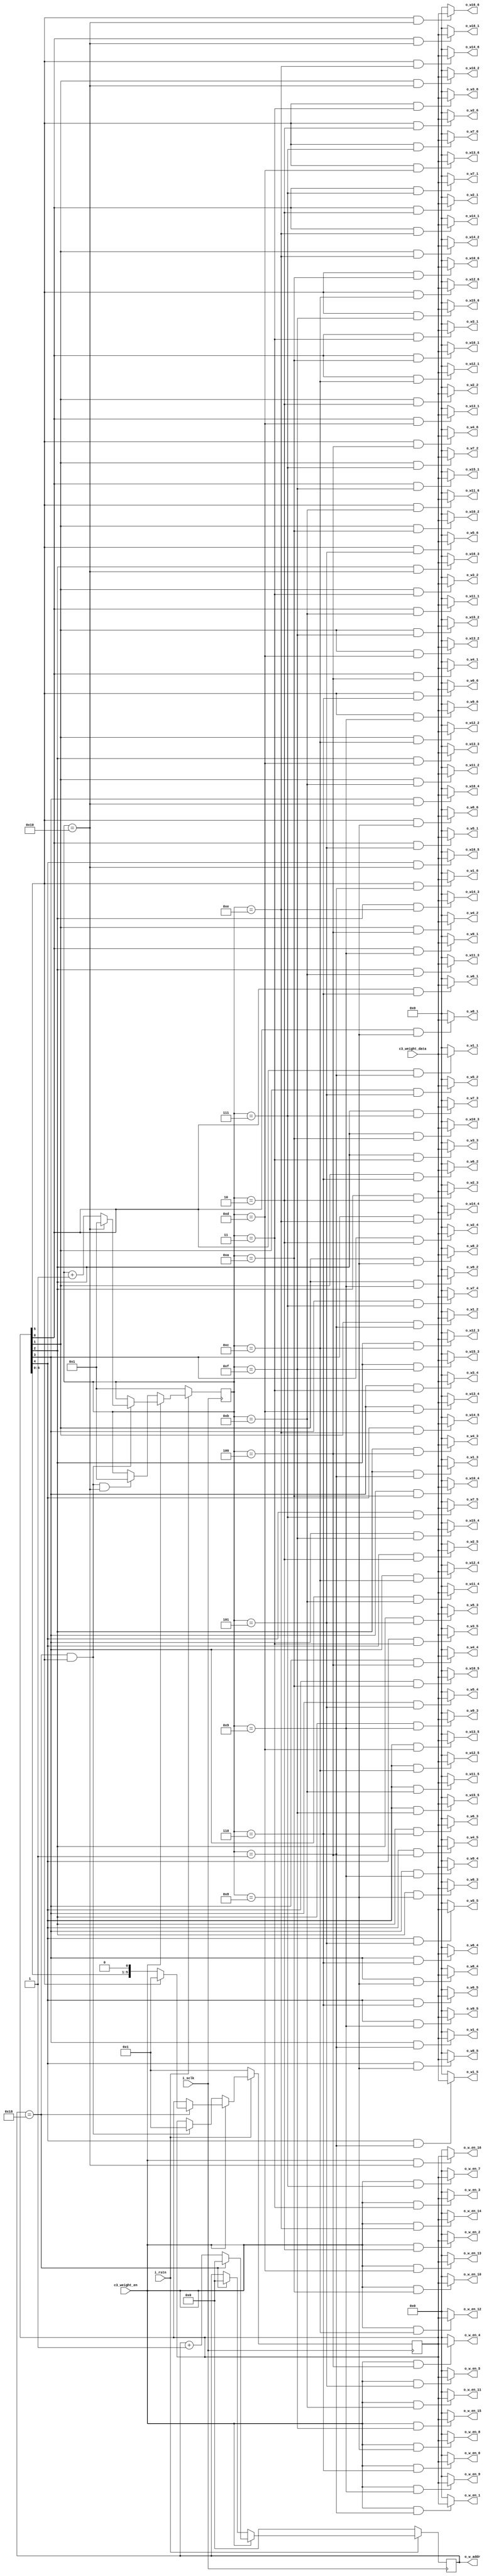
`timescale 1ns / 1ps
//////////////////////////////////////////////////////////////////////////////////
// Company: 
// Engineer: 
// 
// Design Name: 
// Module Name: buffer_c3_weight
// Project Name: 
// Target Devices: 
// Tool Versions: 
// Description: 
// 
// Dependencies: 
// 
// Revision:
// Revision 0.01 - File Created
// Additional Comments:
// 
//////////////////////////////////////////////////////////////////////////////////


module buffer_c3_weight#(
	parameter				WD  = 8,
	parameter				NW  = 25,
	parameter				GP  = 6,
	parameter				NUM = 16
)(
	input	wire			i_sclk,
	input	wire			i_rstn,
	
	input   wire[WD-1:0]    c3_weight_data,
        input   wire            c3_weight_en,
	
	output	wire[GP-1:0]	o_w_en_1,
	output	wire[WD-1:0]	o_w1_1,
	output	wire[WD-1:0]	o_w1_2,
	output	wire[WD-1:0]	o_w1_3,
	output	wire[WD-1:0]	o_w1_4,
	output	wire[WD-1:0]	o_w1_5,
	output	wire[WD-1:0]	o_w1_6,
	
	output	wire[GP-1:0]	o_w_en_2,
	output	wire[WD-1:0]	o_w2_1,
	output	wire[WD-1:0]	o_w2_2,
	output	wire[WD-1:0]	o_w2_3,
	output	wire[WD-1:0]	o_w2_4,
	output	wire[WD-1:0]	o_w2_5,
	output	wire[WD-1:0]	o_w2_6,
	
	output	wire[GP-1:0]	o_w_en_3,
	output	wire[WD-1:0]	o_w3_1,
	output	wire[WD-1:0]	o_w3_2,
	output	wire[WD-1:0]	o_w3_3,
	output	wire[WD-1:0]	o_w3_4,
	output	wire[WD-1:0]	o_w3_5,
	output	wire[WD-1:0]	o_w3_6,
	
	output	wire[GP-1:0]	o_w_en_4,
	output	wire[WD-1:0]	o_w4_1,
	output	wire[WD-1:0]	o_w4_2,
	output	wire[WD-1:0]	o_w4_3,
	output	wire[WD-1:0]	o_w4_4,
	output	wire[WD-1:0]	o_w4_5,
	output	wire[WD-1:0]	o_w4_6,
	
	output	wire[GP-1:0]	o_w_en_5,
	output	wire[WD-1:0]	o_w5_1,
	output	wire[WD-1:0]	o_w5_2,
	output	wire[WD-1:0]	o_w5_3,
	output	wire[WD-1:0]	o_w5_4,
	output	wire[WD-1:0]	o_w5_5,
	output	wire[WD-1:0]	o_w5_6,
	
	output	wire[GP-1:0]	o_w_en_6,
	output	wire[WD-1:0]	o_w6_1,
	output	wire[WD-1:0]	o_w6_2,
	output	wire[WD-1:0]	o_w6_3,
	output	wire[WD-1:0]	o_w6_4,
	output	wire[WD-1:0]	o_w6_5,
	output	wire[WD-1:0]	o_w6_6,
	
	output	wire[GP-1:0]	o_w_en_7,
	output	wire[WD-1:0]	o_w7_1,
	output	wire[WD-1:0]	o_w7_2,
	output	wire[WD-1:0]	o_w7_3,
	output	wire[WD-1:0]	o_w7_4,
	output	wire[WD-1:0]	o_w7_5,
	output	wire[WD-1:0]	o_w7_6,
	
	output	wire[GP-1:0]	o_w_en_8,
	output	wire[WD-1:0]	o_w8_1,
	output	wire[WD-1:0]	o_w8_2,
	output	wire[WD-1:0]	o_w8_3,
	output	wire[WD-1:0]	o_w8_4,
	output	wire[WD-1:0]	o_w8_5,
	output	wire[WD-1:0]	o_w8_6,
	
	output	wire[GP-1:0]	o_w_en_9,
	output	wire[WD-1:0]	o_w9_1,
	output	wire[WD-1:0]	o_w9_2,
	output	wire[WD-1:0]	o_w9_3,
	output	wire[WD-1:0]	o_w9_4,
	output	wire[WD-1:0]	o_w9_5,
	output	wire[WD-1:0]	o_w9_6,
	
	output	wire[GP-1:0]	o_w_en_10,
	output	wire[WD-1:0]	o_w10_1,
	output	wire[WD-1:0]	o_w10_2,
	output	wire[WD-1:0]	o_w10_3,
	output	wire[WD-1:0]	o_w10_4,
	output	wire[WD-1:0]	o_w10_5,
	output	wire[WD-1:0]	o_w10_6,
	
	output	wire[GP-1:0]	o_w_en_11,
	output	wire[WD-1:0]	o_w11_1,
	output	wire[WD-1:0]	o_w11_2,
	output	wire[WD-1:0]	o_w11_3,
	output	wire[WD-1:0]	o_w11_4,
	output	wire[WD-1:0]	o_w11_5,
	output	wire[WD-1:0]	o_w11_6,
	
	output	wire[GP-1:0]	o_w_en_12,
	output	wire[WD-1:0]	o_w12_1,
	output	wire[WD-1:0]	o_w12_2,
	output	wire[WD-1:0]	o_w12_3,
	output	wire[WD-1:0]	o_w12_4,
	output	wire[WD-1:0]	o_w12_5,
	output	wire[WD-1:0]	o_w12_6,
	
	output	wire[GP-1:0]	o_w_en_13,
	output	wire[WD-1:0]	o_w13_1,
	output	wire[WD-1:0]	o_w13_2,
	output	wire[WD-1:0]	o_w13_3,
	output	wire[WD-1:0]	o_w13_4,
	output	wire[WD-1:0]	o_w13_5,
	output	wire[WD-1:0]	o_w13_6,
	
	output	wire[GP-1:0]	o_w_en_14,
	output	wire[WD-1:0]	o_w14_1,
	output	wire[WD-1:0]	o_w14_2,
	output	wire[WD-1:0]	o_w14_3,
	output	wire[WD-1:0]	o_w14_4,
	output	wire[WD-1:0]	o_w14_5,
	output	wire[WD-1:0]	o_w14_6,
	
	output	wire[GP-1:0]	o_w_en_15,
	output	wire[WD-1:0]	o_w15_1,
	output	wire[WD-1:0]	o_w15_2,
	output	wire[WD-1:0]	o_w15_3,
	output	wire[WD-1:0]	o_w15_4,
	output	wire[WD-1:0]	o_w15_5,
	output	wire[WD-1:0]	o_w15_6,
	
	output	wire[GP-1:0]	o_w_en_16,
	output	wire[WD-1:0]	o_w16_1,
	output	wire[WD-1:0]	o_w16_2,
	output	wire[WD-1:0]	o_w16_3,
	output	wire[WD-1:0]	o_w16_4,
	output	wire[WD-1:0]	o_w16_5,
	output	wire[WD-1:0]	o_w16_6,
	
	output	wire[4:0]		o_w_addr
);

//------------------------------------------//
//					PARAM					//
//------------------------------------------//
parameter	PARA_NUM = NW*GP*NUM;
//------------------------------------------//
//					SIGNAL					//
//------------------------------------------//

reg [4:0]		cnt_nw;
reg [GP-1:0]	        cnt_gp;
reg [7:0]		cnt_num;

//------------------------------------------//
//					CODE					//
//------------------------------------------//

always @(posedge i_sclk)
  if(!i_rstn)
    cnt_nw <= 'd0;
  else
    begin
	  if(c3_weight_en)
	    begin
		  if(cnt_nw==NW-1)	cnt_nw <= 'd0;
		  else				cnt_nw <= cnt_nw + 'd1;
	    end
	  else
        begin	  
          if(cnt_nw==NW-1)	cnt_nw <= 'd0;
		  else				cnt_nw <= cnt_nw;	  
	    end
    end  
  
always @(posedge i_sclk)
    if(!i_rstn)
	  cnt_gp <= 'd1;
	else
	begin
	  if(c3_weight_en)
	    begin
		  if(cnt_nw==NW-1)
		    begin
			    if(cnt_gp[GP-1])	cnt_gp <= 'd1;
			    else				cnt_gp <= cnt_gp<<1;
		    end
	    end
	else
      begin
	    if(cnt_nw==NW-1 && cnt_gp[GP-1])
		  cnt_gp <= 'd1;
	    else
	      cnt_gp <= cnt_gp;
	  end
    end

always @(posedge i_sclk)
  if(!i_rstn)
    cnt_num <= 'd1;
  else
  begin
	if(c3_weight_en)
	begin
		if(cnt_nw==NW-1&&cnt_gp[GP-1])
		begin
			if(cnt_num==NUM)	cnt_num <= 'd1;
			else				cnt_num <= cnt_num + 'd1;
		end
	end
	else
    begin
      if(cnt_nw==NW-1&&cnt_gp[GP-1]&&cnt_num==NUM)	
	    cnt_num <= 'd1;
	  else
	    cnt_num <= cnt_num;
	end
  end

assign o_w_addr = cnt_nw;

assign o_w_en_1  = c3_weight_en&&cnt_num==1  ? cnt_gp:'d0;
assign o_w_en_2  = c3_weight_en&&cnt_num==2  ? cnt_gp:'d0;
assign o_w_en_3  = c3_weight_en&&cnt_num==3  ? cnt_gp:'d0;
assign o_w_en_4  = c3_weight_en&&cnt_num==4  ? cnt_gp:'d0;
assign o_w_en_5  = c3_weight_en&&cnt_num==5  ? cnt_gp:'d0;
assign o_w_en_6  = c3_weight_en&&cnt_num==6  ? cnt_gp:'d0;
assign o_w_en_7  = c3_weight_en&&cnt_num==7  ? cnt_gp:'d0;
assign o_w_en_8  = c3_weight_en&&cnt_num==8  ? cnt_gp:'d0;
assign o_w_en_9  = c3_weight_en&&cnt_num==9  ? cnt_gp:'d0;
assign o_w_en_10 = c3_weight_en&&cnt_num==10 ? cnt_gp:'d0;
assign o_w_en_11 = c3_weight_en&&cnt_num==11 ? cnt_gp:'d0;
assign o_w_en_12 = c3_weight_en&&cnt_num==12 ? cnt_gp:'d0;
assign o_w_en_13 = c3_weight_en&&cnt_num==13 ? cnt_gp:'d0;
assign o_w_en_14 = c3_weight_en&&cnt_num==14 ? cnt_gp:'d0;
assign o_w_en_15 = c3_weight_en&&cnt_num==15 ? cnt_gp:'d0;
assign o_w_en_16 = c3_weight_en&&cnt_num==16 ? cnt_gp:'d0;

assign o_w1_1  = cnt_gp[0]&&cnt_num==1 ? c3_weight_data:'d0;
assign o_w1_2  = cnt_gp[1]&&cnt_num==1 ? c3_weight_data:'d0;
assign o_w1_3  = cnt_gp[2]&&cnt_num==1 ? c3_weight_data:'d0;
assign o_w1_4  = cnt_gp[3]&&cnt_num==1 ? c3_weight_data:'d0;
assign o_w1_5  = cnt_gp[4]&&cnt_num==1 ? c3_weight_data:'d0;
assign o_w1_6  = cnt_gp[5]&&cnt_num==1 ? c3_weight_data:'d0;

assign o_w2_1  = cnt_gp[0]&&cnt_num==2 ? c3_weight_data:'d0;
assign o_w2_2  = cnt_gp[1]&&cnt_num==2 ? c3_weight_data:'d0;
assign o_w2_3  = cnt_gp[2]&&cnt_num==2 ? c3_weight_data:'d0;
assign o_w2_4  = cnt_gp[3]&&cnt_num==2 ? c3_weight_data:'d0;
assign o_w2_5  = cnt_gp[4]&&cnt_num==2 ? c3_weight_data:'d0;
assign o_w2_6  = cnt_gp[5]&&cnt_num==2 ? c3_weight_data:'d0;

assign o_w3_1  = cnt_gp[0]&&cnt_num==3 ? c3_weight_data:'d0;
assign o_w3_2  = cnt_gp[1]&&cnt_num==3 ? c3_weight_data:'d0;
assign o_w3_3  = cnt_gp[2]&&cnt_num==3 ? c3_weight_data:'d0;
assign o_w3_4  = cnt_gp[3]&&cnt_num==3 ? c3_weight_data:'d0;
assign o_w3_5  = cnt_gp[4]&&cnt_num==3 ? c3_weight_data:'d0;
assign o_w3_6  = cnt_gp[5]&&cnt_num==3 ? c3_weight_data:'d0;

assign o_w4_1  = cnt_gp[0]&&cnt_num==4 ? c3_weight_data:'d0;
assign o_w4_2  = cnt_gp[1]&&cnt_num==4 ? c3_weight_data:'d0;
assign o_w4_3  = cnt_gp[2]&&cnt_num==4 ? c3_weight_data:'d0;
assign o_w4_4  = cnt_gp[3]&&cnt_num==4 ? c3_weight_data:'d0;
assign o_w4_5  = cnt_gp[4]&&cnt_num==4 ? c3_weight_data:'d0;
assign o_w4_6  = cnt_gp[5]&&cnt_num==4 ? c3_weight_data:'d0;

assign o_w5_1  = cnt_gp[0]&&cnt_num==5 ? c3_weight_data:'d0;
assign o_w5_2  = cnt_gp[1]&&cnt_num==5 ? c3_weight_data:'d0;
assign o_w5_3  = cnt_gp[2]&&cnt_num==5 ? c3_weight_data:'d0;
assign o_w5_4  = cnt_gp[3]&&cnt_num==5 ? c3_weight_data:'d0;
assign o_w5_5  = cnt_gp[4]&&cnt_num==5 ? c3_weight_data:'d0;
assign o_w5_6  = cnt_gp[5]&&cnt_num==5 ? c3_weight_data:'d0;

assign o_w6_1  = cnt_gp[0]&&cnt_num==6 ? c3_weight_data:'d0;
assign o_w6_2  = cnt_gp[1]&&cnt_num==6 ? c3_weight_data:'d0;
assign o_w6_3  = cnt_gp[2]&&cnt_num==6 ? c3_weight_data:'d0;
assign o_w6_4  = cnt_gp[3]&&cnt_num==6 ? c3_weight_data:'d0;
assign o_w6_5  = cnt_gp[4]&&cnt_num==6 ? c3_weight_data:'d0;
assign o_w6_6  = cnt_gp[5]&&cnt_num==6 ? c3_weight_data:'d0;

assign o_w7_1  = cnt_gp[0]&&cnt_num==7 ? c3_weight_data:'d0;
assign o_w7_2  = cnt_gp[1]&&cnt_num==7 ? c3_weight_data:'d0;
assign o_w7_3  = cnt_gp[2]&&cnt_num==7 ? c3_weight_data:'d0;
assign o_w7_4  = cnt_gp[3]&&cnt_num==7 ? c3_weight_data:'d0;
assign o_w7_5  = cnt_gp[4]&&cnt_num==7 ? c3_weight_data:'d0;
assign o_w7_6  = cnt_gp[5]&&cnt_num==7 ? c3_weight_data:'d0;

assign o_w8_1  = cnt_gp[0]&&cnt_num==8 ? c3_weight_data:'d0;
assign o_w8_2  = cnt_gp[1]&&cnt_num==8 ? c3_weight_data:'d0;
assign o_w8_3  = cnt_gp[2]&&cnt_num==8 ? c3_weight_data:'d0;
assign o_w8_4  = cnt_gp[3]&&cnt_num==8 ? c3_weight_data:'d0;
assign o_w8_5  = cnt_gp[4]&&cnt_num==8 ? c3_weight_data:'d0;
assign o_w8_6  = cnt_gp[5]&&cnt_num==8 ? c3_weight_data:'d0;

assign o_w9_1  = cnt_gp[0]&&cnt_num==9 ? c3_weight_data:'d0;
assign o_w9_2  = cnt_gp[1]&&cnt_num==9 ? c3_weight_data:'d0;
assign o_w9_3  = cnt_gp[2]&&cnt_num==9 ? c3_weight_data:'d0;
assign o_w9_4  = cnt_gp[3]&&cnt_num==9 ? c3_weight_data:'d0;
assign o_w9_5  = cnt_gp[4]&&cnt_num==9 ? c3_weight_data:'d0;
assign o_w9_6  = cnt_gp[5]&&cnt_num==9 ? c3_weight_data:'d0;

assign o_w10_1 = cnt_gp[0]&&cnt_num==10 ? c3_weight_data:'d0;
assign o_w10_2 = cnt_gp[1]&&cnt_num==10 ? c3_weight_data:'d0;
assign o_w10_3 = cnt_gp[2]&&cnt_num==10 ? c3_weight_data:'d0;
assign o_w10_4 = cnt_gp[3]&&cnt_num==10 ? c3_weight_data:'d0;
assign o_w10_5 = cnt_gp[4]&&cnt_num==10 ? c3_weight_data:'d0;
assign o_w10_6 = cnt_gp[5]&&cnt_num==10 ? c3_weight_data:'d0;

assign o_w11_1 = cnt_gp[0]&&cnt_num==11 ? c3_weight_data:'d0;
assign o_w11_2 = cnt_gp[1]&&cnt_num==11 ? c3_weight_data:'d0;
assign o_w11_3 = cnt_gp[2]&&cnt_num==11 ? c3_weight_data:'d0;
assign o_w11_4 = cnt_gp[3]&&cnt_num==11 ? c3_weight_data:'d0;
assign o_w11_5 = cnt_gp[4]&&cnt_num==11 ? c3_weight_data:'d0;
assign o_w11_6 = cnt_gp[5]&&cnt_num==11 ? c3_weight_data:'d0;

assign o_w12_1 = cnt_gp[0]&&cnt_num==12 ? c3_weight_data:'d0;
assign o_w12_2 = cnt_gp[1]&&cnt_num==12 ? c3_weight_data:'d0;
assign o_w12_3 = cnt_gp[2]&&cnt_num==12 ? c3_weight_data:'d0;
assign o_w12_4 = cnt_gp[3]&&cnt_num==12 ? c3_weight_data:'d0;
assign o_w12_5 = cnt_gp[4]&&cnt_num==12 ? c3_weight_data:'d0;
assign o_w12_6 = cnt_gp[5]&&cnt_num==12 ? c3_weight_data:'d0;

assign o_w13_1 = cnt_gp[0]&&cnt_num==13 ? c3_weight_data:'d0;
assign o_w13_2 = cnt_gp[1]&&cnt_num==13 ? c3_weight_data:'d0;
assign o_w13_3 = cnt_gp[2]&&cnt_num==13 ? c3_weight_data:'d0;
assign o_w13_4 = cnt_gp[3]&&cnt_num==13 ? c3_weight_data:'d0;
assign o_w13_5 = cnt_gp[4]&&cnt_num==13 ? c3_weight_data:'d0;
assign o_w13_6 = cnt_gp[5]&&cnt_num==13 ? c3_weight_data:'d0;

assign o_w14_1 = cnt_gp[0]&&cnt_num==14 ? c3_weight_data:'d0;
assign o_w14_2 = cnt_gp[1]&&cnt_num==14 ? c3_weight_data:'d0;
assign o_w14_3 = cnt_gp[2]&&cnt_num==14 ? c3_weight_data:'d0;
assign o_w14_4 = cnt_gp[3]&&cnt_num==14 ? c3_weight_data:'d0;
assign o_w14_5 = cnt_gp[4]&&cnt_num==14 ? c3_weight_data:'d0;
assign o_w14_6 = cnt_gp[5]&&cnt_num==14 ? c3_weight_data:'d0;

assign o_w15_1 = cnt_gp[0]&&cnt_num==15 ? c3_weight_data:'d0;
assign o_w15_2 = cnt_gp[1]&&cnt_num==15 ? c3_weight_data:'d0;
assign o_w15_3 = cnt_gp[2]&&cnt_num==15 ? c3_weight_data:'d0;
assign o_w15_4 = cnt_gp[3]&&cnt_num==15 ? c3_weight_data:'d0;
assign o_w15_5 = cnt_gp[4]&&cnt_num==15 ? c3_weight_data:'d0;
assign o_w15_6 = cnt_gp[5]&&cnt_num==15 ? c3_weight_data:'d0;

assign o_w16_1 = cnt_gp[0]&&cnt_num==16 ? c3_weight_data:'d0;
assign o_w16_2 = cnt_gp[1]&&cnt_num==16 ? c3_weight_data:'d0;
assign o_w16_3 = cnt_gp[2]&&cnt_num==16 ? c3_weight_data:'d0;
assign o_w16_4 = cnt_gp[3]&&cnt_num==16 ? c3_weight_data:'d0;
assign o_w16_5 = cnt_gp[4]&&cnt_num==16 ? c3_weight_data:'d0;
assign o_w16_6 = cnt_gp[5]&&cnt_num==16 ? c3_weight_data:'d0;

endmodule